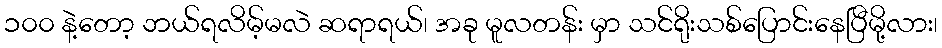
၁၀၀ နဲ့တော့ ဘယ်ရလိမ့်မလဲ ဆရာရယ်၊ အခု မူလတန်း မှာ သင်ရိုးသစ်ပြောင်းနေပြီမို့လား၊